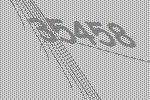
35458